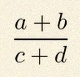
\frac{a+b}{c+d}